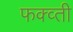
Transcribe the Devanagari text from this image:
फक्व्ती